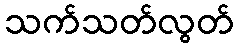
သက်သတ်လွတ်